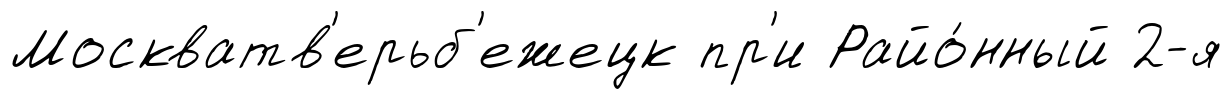
Москватв'ерьб'ежецк пр'и Райо́нный 2-я